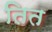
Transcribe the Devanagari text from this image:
तित